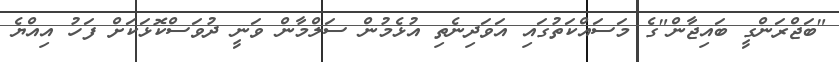
"ބަޖްރަންގީ ބައިޖާން"ގެ މަސައްކަތުގައި އަވަދިނެތި އުޅެމުން ސަލްމާން ވަނީ ދުވަސްކޮޅަކަށް ފަހު އިއްޔެ